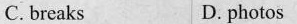
C.breaks D.photos